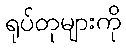
ရုပ်တုများကို